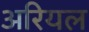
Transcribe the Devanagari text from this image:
अरियल